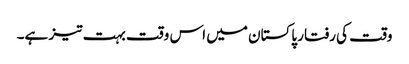
وقت کی رفتار پاکستان میں اس وقت بہت تیز ہے۔